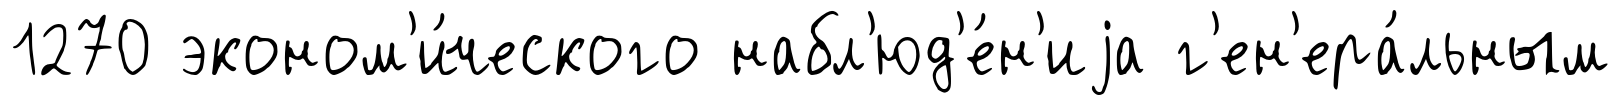
1270 эконом'и́ческого набл'юд'е́н'иjа г'ен'ера́льным